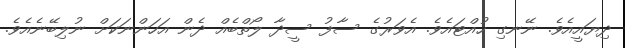
ދިޔައީއެވެ. ނޭނގި ހުއްޓައެވެ. އެވަރުގެ ސާފު ސީދާ ލޯތްބެއް ދެން އަހަންނަކަށް ނުލިބޭނެއެވެ.